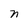
Character: n